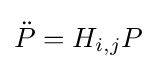
{\ddot {P}}=H_{i,j}P